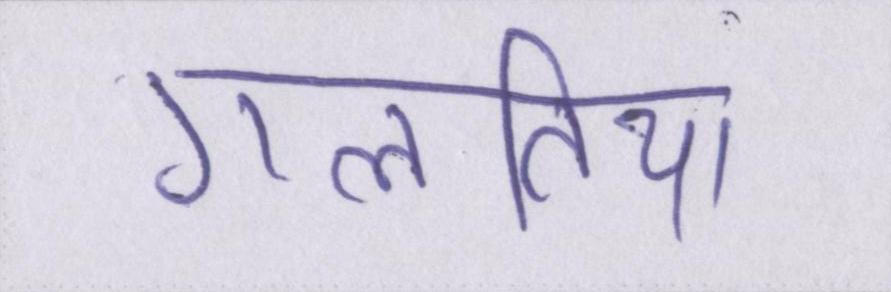
गलतिया